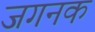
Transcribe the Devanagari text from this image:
जगनक